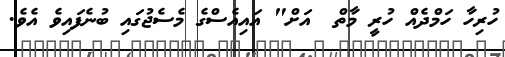
ހުރިހާ ހަމްދެއް ހުރީ މާތް  އަށް" އައިއެސްގެ މެސެޖުގައި ބުނެފައިވެ އެވެ.